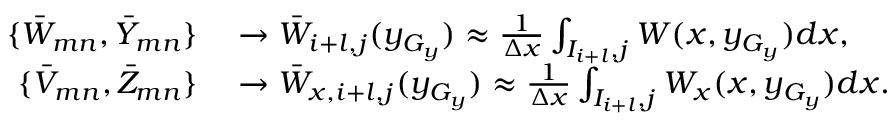
\begin{array} { r l } { \{ \Bar W _ { m n } , \Bar Y _ { m n } \} } & { { } \rightarrow \Bar W _ { i + l , j } ( y _ { G _ { y } } ) \approx \frac { 1 } { \Delta x } \int _ { I _ { i + l } , j } W ( x , y _ { G _ { y } } ) d x , } \\ { \{ \Bar V _ { m n } , \Bar Z _ { m n } \} } & { { } \rightarrow \Bar W _ { x , i + l , j } ( y _ { G _ { y } } ) \approx \frac { 1 } { \Delta x } \int _ { I _ { i + l } , j } W _ { x } ( x , y _ { G _ { y } } ) d x . } \end{array}